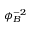
\phi _ { B } ^ { - 2 }